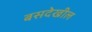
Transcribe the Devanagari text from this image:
बसदेखील